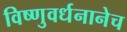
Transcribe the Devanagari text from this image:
विष्णुवर्धनानेच